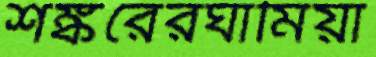
শঙ্করেরঘামিয়া